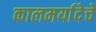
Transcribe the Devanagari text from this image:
कालमर्यादेचे